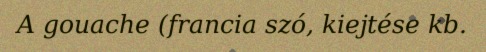
A gouache (francia szó, kiejtése kb.